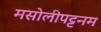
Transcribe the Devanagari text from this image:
मसोलीपट्टनम